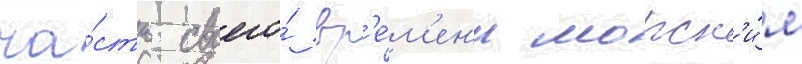
ча́сть своего́ вр'е́м'ен'и морск'и́м